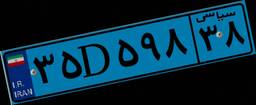
۳۵D۵۹۸۳۸